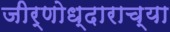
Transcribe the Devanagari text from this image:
जीर्णोध्दाराच्या